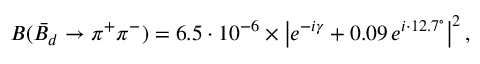
B ( \bar { B } _ { d } \to \pi ^ { + } \pi ^ { - } ) = 6 . 5 \cdot 1 0 ^ { - 6 } \times \left| e ^ { - i \gamma } + 0 . 0 9 \, e ^ { i \cdot 1 2 . 7 ^ { \circ } } \right| ^ { 2 } ,